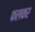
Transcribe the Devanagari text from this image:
फलकर